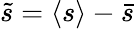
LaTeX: \tilde{s}=\langle s\rangle-\bar{s}